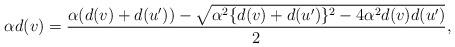
LaTeX: \begin{align*} \alpha d(v)=\dfrac{\alpha (d(v)+d(u')) - \sqrt{\alpha^2 \{d(v)+d(u')\}^2-4 \alpha^2d(v)d(u')}}{2},\end{align*}